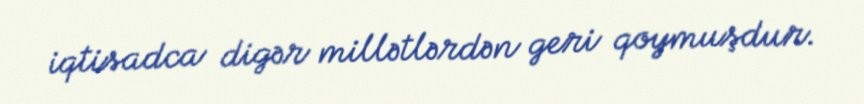
iqtisadca digər millətlərdən geri qoymuşdur.